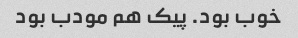
خوب بود. پیک هم مودب بود